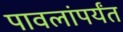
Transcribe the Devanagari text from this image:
पावलांपर्यंत